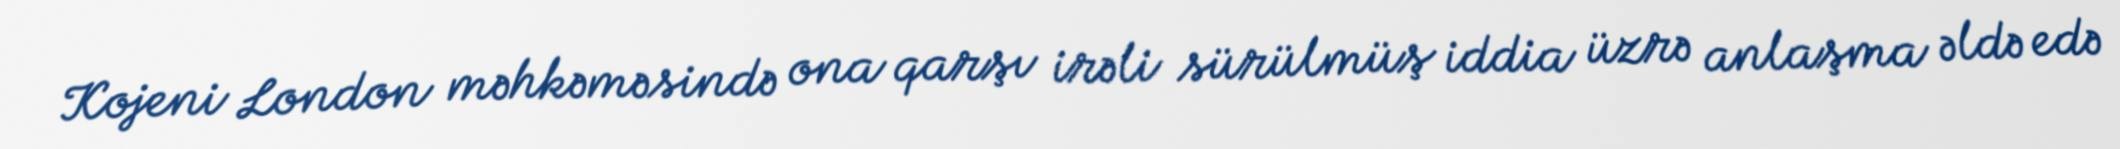
Kojeni London məhkəməsində ona qarşı irəli sürülmüş iddia üzrə anlaşma əldə edə